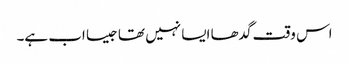
اس وقت گدھا ایسا نہیں تھا جیسا اب ہے۔